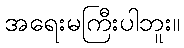
အရေးမကြီးပါဘူး။